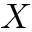
X